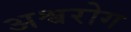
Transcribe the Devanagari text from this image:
अश्वरोग